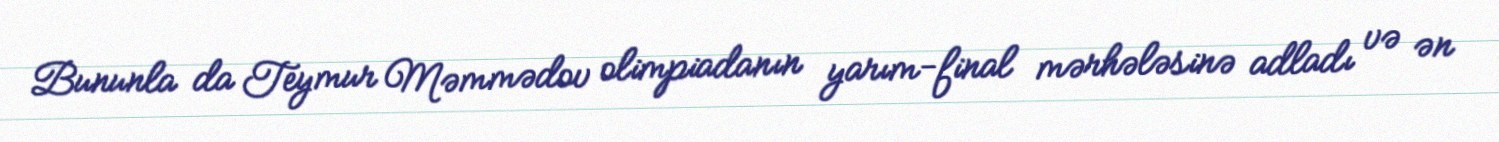
Bununla da Teymur Məmmədov olimpiadanın yarım-final mərhələsinə adladı və ən